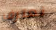
نعترف